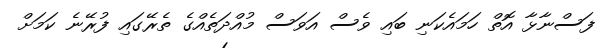
ފަސްނާޅާ އޮތް ހަމައެކަނި ބައި ވެސް އަވަސް މުއްދަތެއްގެ ތެރޭގައި ފުރޭނެ ކަމަށް